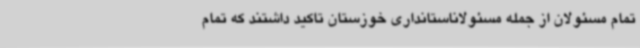
تمام مسئولان از جمله مسئولاناستانداری خوزستان تاکید داشتند که تمام